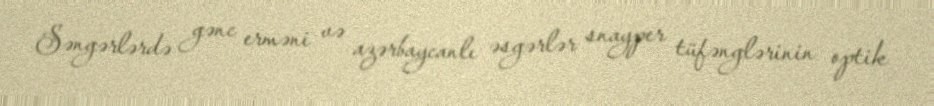
Səngərlərdə gənc erməni və azərbaycanlı əsgərlər snayper tüfənglərinin optik